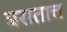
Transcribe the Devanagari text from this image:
बसताच